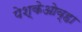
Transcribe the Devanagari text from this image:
पेश्केओव्हा